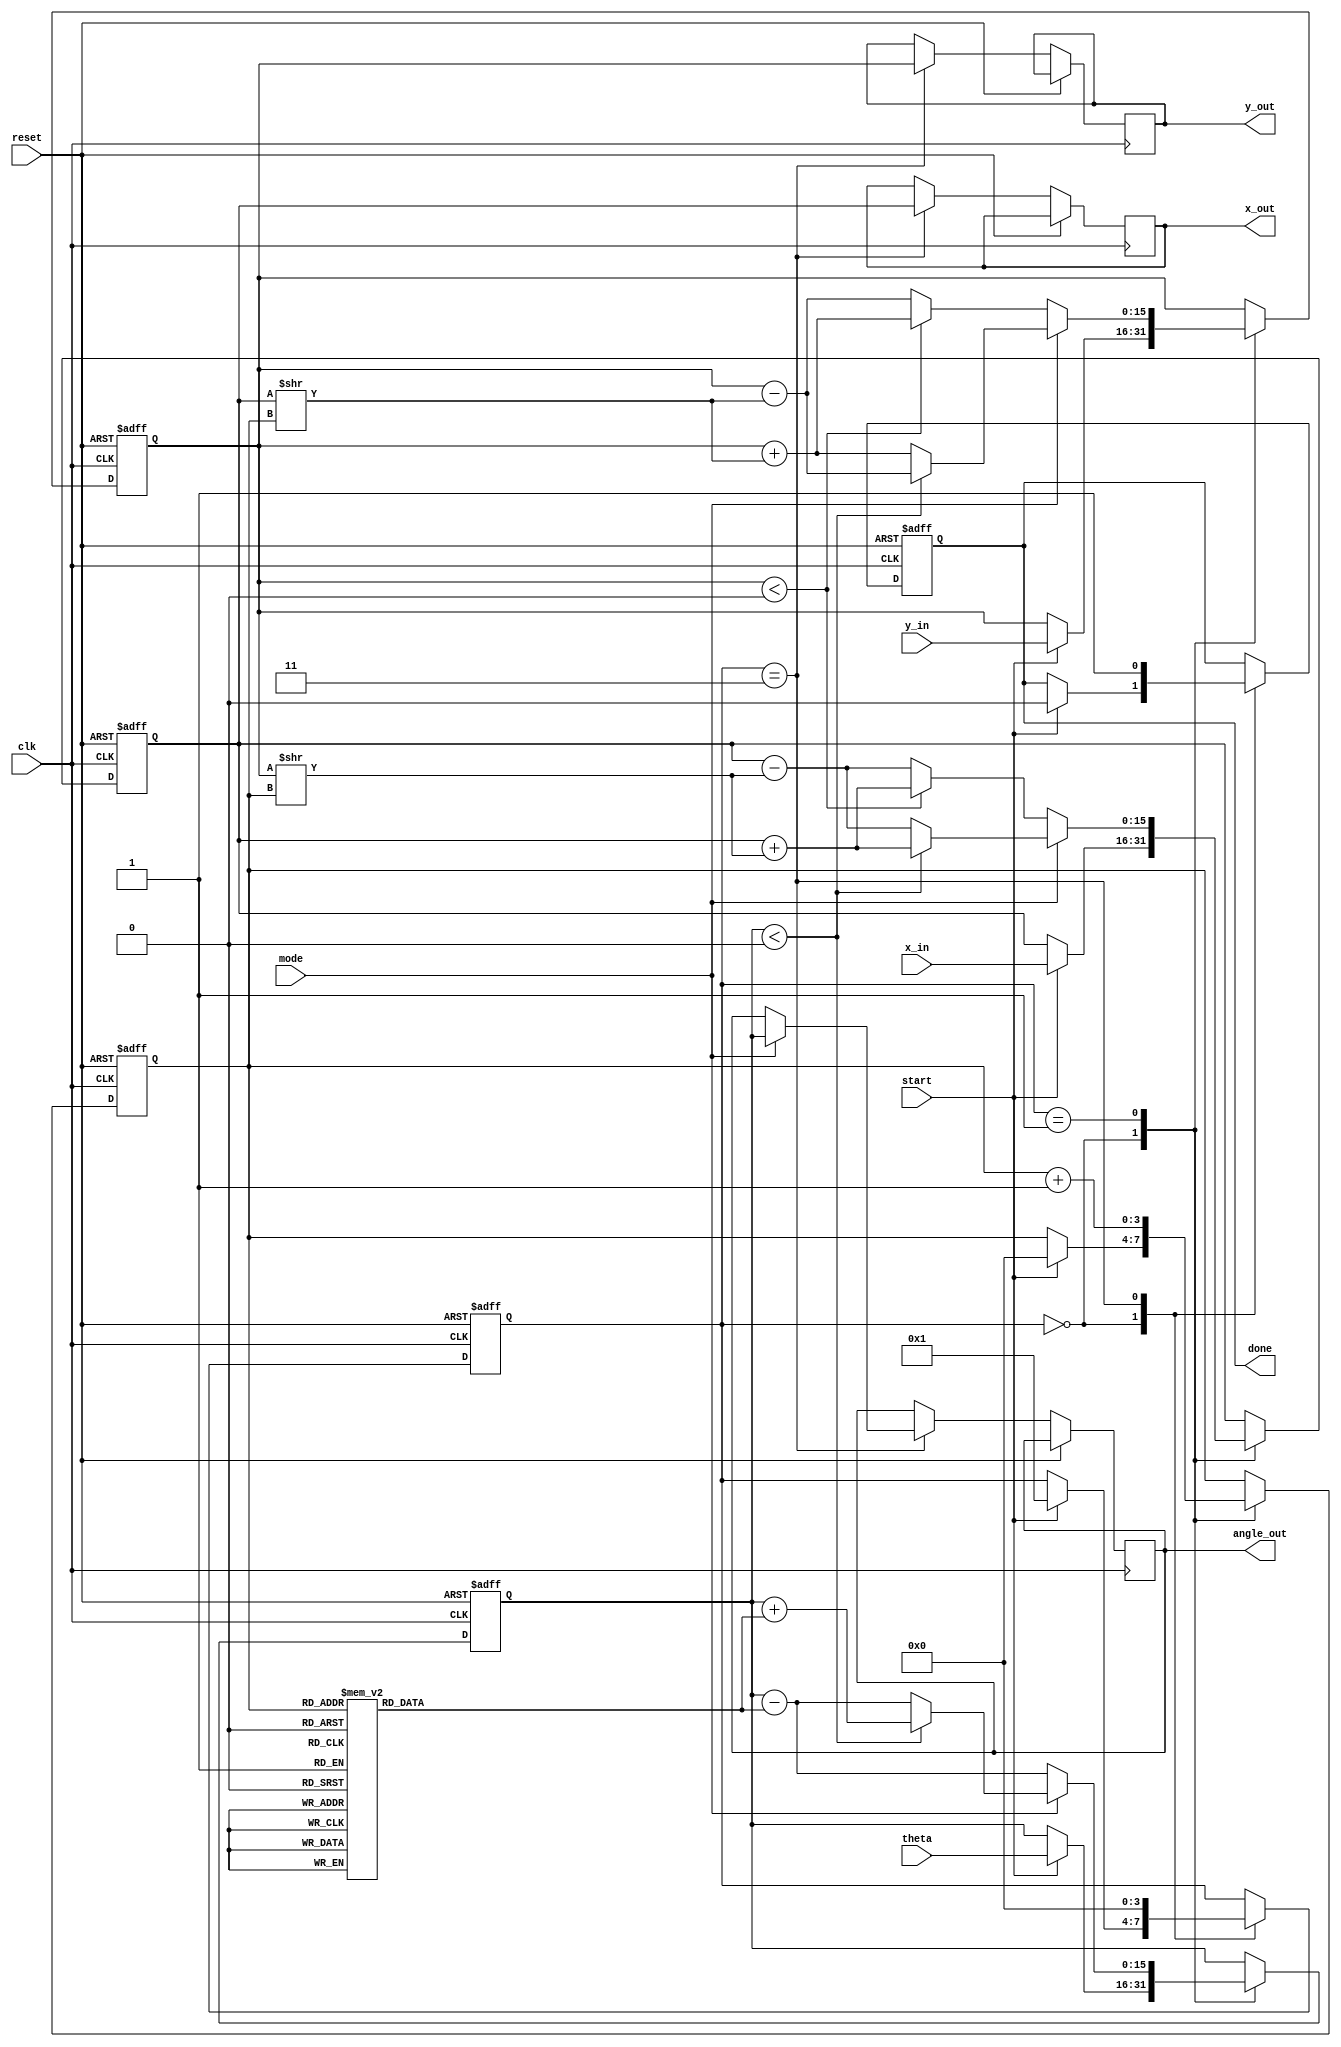
module modified_cordic (
    input wire clk,
    input wire reset,
    input wire start,
    input wire [15:0] theta, // Input angle in fixed-point representation
    input wire [15:0] x_in,  // Initial X vector
    input wire [15:0] y_in,  // Initial Y vector
    input wire mode,         // 0 for Rotation, 1 for Vectoring
    output reg [15:0] x_out, // Output X value
    output reg [15:0] y_out, // Output Y value
    output reg [15:0] angle_out, // Output angle (for vectoring mode)
    output reg done          // Computation done signal
);

    // CORDIC parameters
    parameter NUM_ITERATIONS = 16; // Number of iterations
    reg [15:0] atan_table [0:NUM_ITERATIONS-1]; // Angle lookup table
    reg [15:0] x, y, z; // Internal registers for X, Y, and Z (angle)
    reg [3:0] state; // FSM state
    reg [3:0] iteration; // Current iteration count

    // Initialize the arctangent values
    initial begin
        atan_table[0] = 16'h0000; // atan(0)
        atan_table[1] = 16'h26DB; // atan(1/2^1)
        atan_table[2] = 16'h1C71; // atan(1/2^2)
        atan_table[3] = 16'h16C9; // atan(1/2^3)
        atan_table[4] = 16'h143D; // atan(1/2^4)
        atan_table[5] = 16'h0FAD; // atan(1/2^5)
        atan_table[6] = 16'h0D7A; // atan(1/2^6)
        atan_table[7] = 16'h0B5E; // atan(1/2^7)
        atan_table[8] = 16'h09A6; // atan(1/2^8)
        atan_table[9] = 16'h08B0; // atan(1/2^9)
        atan_table[10] = 16'h07A8; // atan(1/2^10)
        atan_table[11] = 16'h06C6; // atan(1/2^11)
        atan_table[12] = 16'h05E6; // atan(1/2^12)
        atan_table[13] = 16'h0517; // atan(1/2^13)
        atan_table[14] = 16'h045D; // atan(1/2^14)
        atan_table[15] = 16'h03D6; // atan(1/2^15)
    end

    // FSM states
    localparam IDLE = 0;
    localparam INIT = 1;
    localparam ITERATE = 2;
    localparam DONE = 3;

    // Main FSM
    always @(posedge clk or posedge reset) begin
        if (reset) begin
            state <= IDLE;
            done <= 0;
            iteration <= 0;
            x <= 0;
            y <= 0;
            z <= 0;
        end else begin
            case (state)
                IDLE: begin
                    if (start) begin
                        x <= x_in;
                        y <= y_in;
                        z <= theta;
                        iteration <= 0;
                        done <= 0;
                        state <= INIT;
                    end
                end
                
                INIT: begin
                    if (mode == 0) begin // Rotation mode
                        z <= z - atan_table[iteration]; // Adjust angle
                        if (y < 0) begin
                            x <= x + (y >> iteration); // Rotate
                            y <= y + (x >> iteration);
                        end else begin
                            x <= x - (y >> iteration);
                            y <= y - (x >> iteration);
                        end
                    end else begin // Vectoring mode
                        if (z < 0) begin
                            x <= x + (y >> iteration);
                            y <= y - (x >> iteration);
                            z <= z + atan_table[iteration];
                        end else begin
                            x <= x - (y >> iteration);
                            y <= y + (x >> iteration);
                            z <= z - atan_table[iteration];
                        end
                    end
                    iteration <= iteration + 1;

                    if (iteration == NUM_ITERATIONS) begin
                        state <= DONE;
                    end
                end
                
                DONE: begin
                    x_out <= x; // Final X output
                    y_out <= y; // Final Y output
                    if (mode == 1) begin
                        angle_out <= z; // Final angle output for vectoring
                    end
                    done <= 1; // Indicate completion
                    state <= IDLE; // Go back to idle
                end
            endcase
        end
    end
endmodule